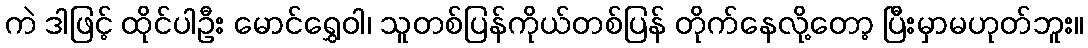
ကဲ ဒါဖြင့် ထိုင်ပါဦး မောင်ရွှေဝါ၊ သူတစ်ပြန်ကိုယ်တစ်ပြန် တိုက်နေလို့တော့ ပြီးမှာမဟုတ်ဘူး။